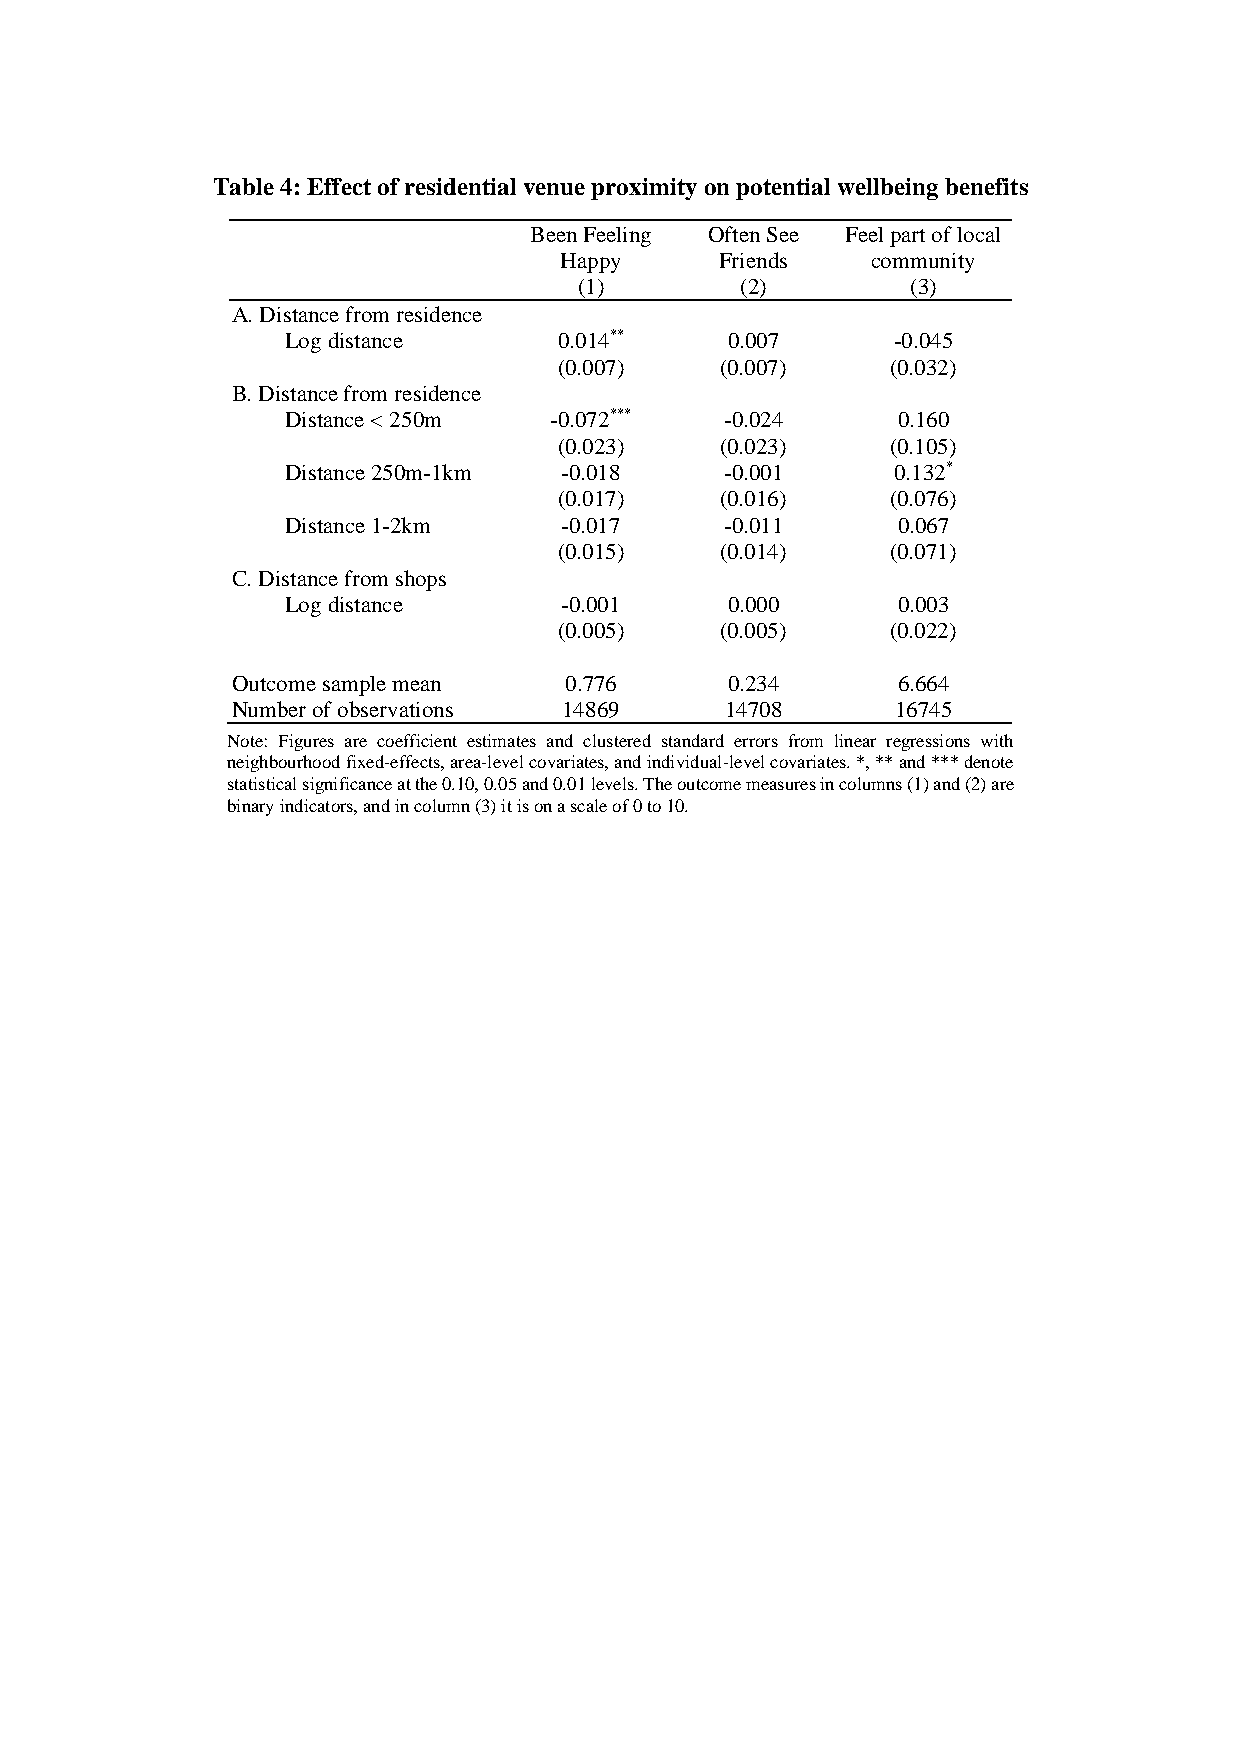
Table 4: Effect of residential venue proximity on potential wellbeing benefits
 Been Feeling Often See Feel part of local
 Happy      Friends   community
 (1)        (2)        (3)
 A. Distance from residence
 Log distance      0.014**    0.007      -0.045
 (0.007)    (0.007)    (0.032)
 B. Distance from residence
 Distance < 250m  -0.072***   -0.024     0.160
 (0.023)    (0.023)    (0.105)
 Distance 250m-1km -0.018     -0.001     0.132*
 (0.017)    (0.016)    (0.076)
 Distance 1-2km    -0.017     -0.011     0.067
 (0.015)    (0.014)    (0.071)
 C. Distance from shops
 Log distance      -0.001     0.000      0.003
 (0.005)    (0.005)    (0.022)
 Outcome sample mean   0.776      0.234      6.664
 Number of observations 14869     14708      16745
 Note: Figures are coefficient estimates and clustered standard errors from linear regressions with
 neighbourhood fixed-effects, area-level covariates, and individual-level covariates. *, ** and *** denote
 statistical significance at the 0.10, 0.05 and 0.01 levels. The outcome measures in columns (1) and (2) are
 binary indicators, and in column (3) it is on a scale of 0 to 10.